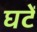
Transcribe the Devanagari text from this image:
घटें